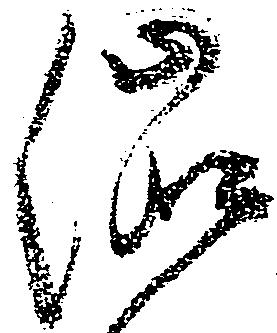
渋